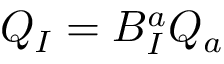
Q _ { I } = B _ { I } ^ { a } Q _ { a }